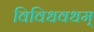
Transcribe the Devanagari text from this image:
विविधवधम्